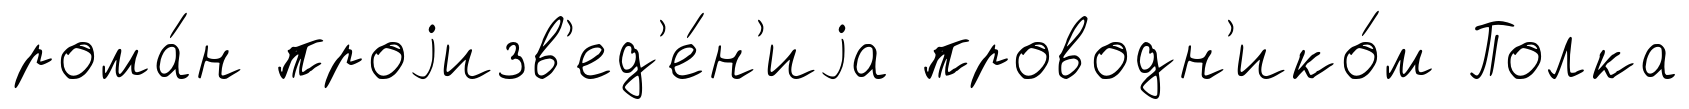
рома́н проjизв'ед'е́н'иjа проводн'ико́м Полка